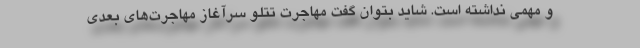
و مهمی نداشته است. شاید بتوان گفت مهاجرت تتلو سرآغاز مهاجرت‌های بعدی